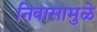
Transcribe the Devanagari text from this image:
निवासामुळे